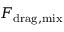
F _ { \mathrm { d r a g , m i x } }